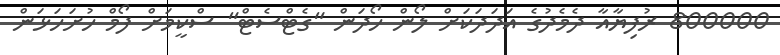
800000 ރުފިޔާއާ ދެމެދުގެ އަދަދަކަށް ލޯން ހޯދަން "ގެޓްސެޓް" ސްކީމަށް ފޯމް ހުށަހަޅަން